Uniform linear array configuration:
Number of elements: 4
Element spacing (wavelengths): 0.5
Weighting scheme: uniform
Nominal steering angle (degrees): -30
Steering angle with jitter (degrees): -30.593
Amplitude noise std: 0.05
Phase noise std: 0.05

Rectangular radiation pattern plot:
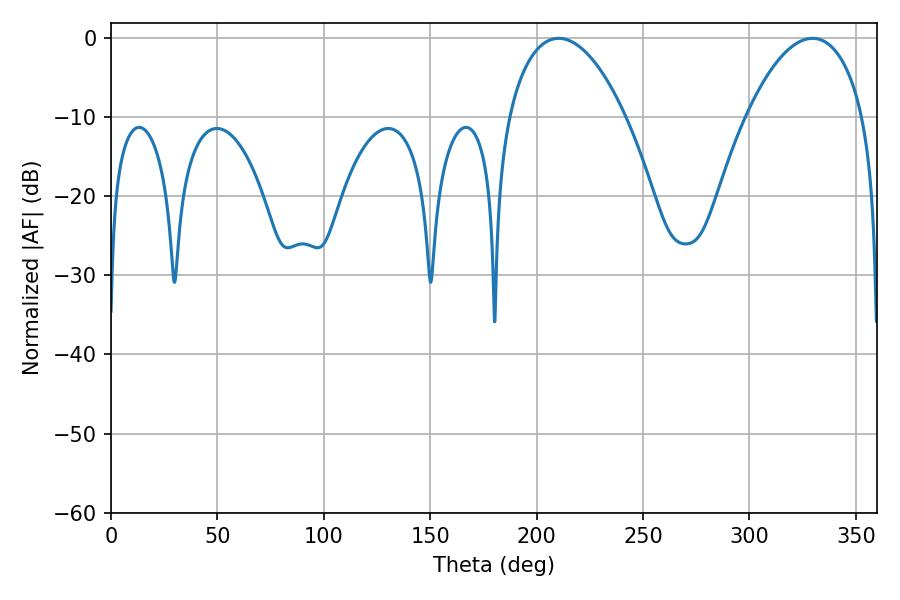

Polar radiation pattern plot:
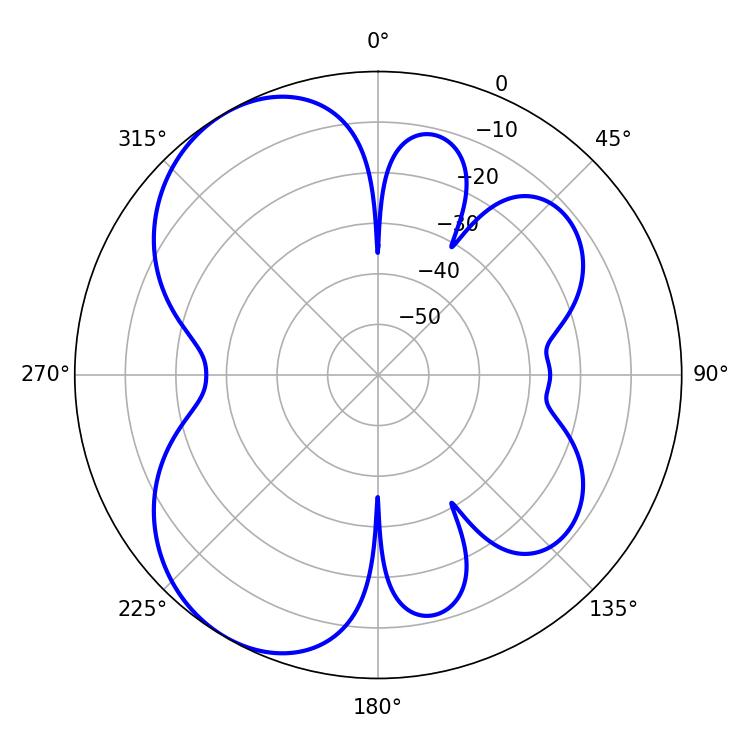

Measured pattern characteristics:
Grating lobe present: FALSE
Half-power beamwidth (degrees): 30.96
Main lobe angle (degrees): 210.42